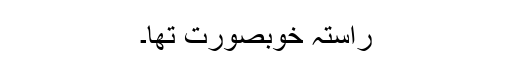
راستہ خوبصورت تھا۔